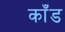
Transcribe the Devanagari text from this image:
काँड